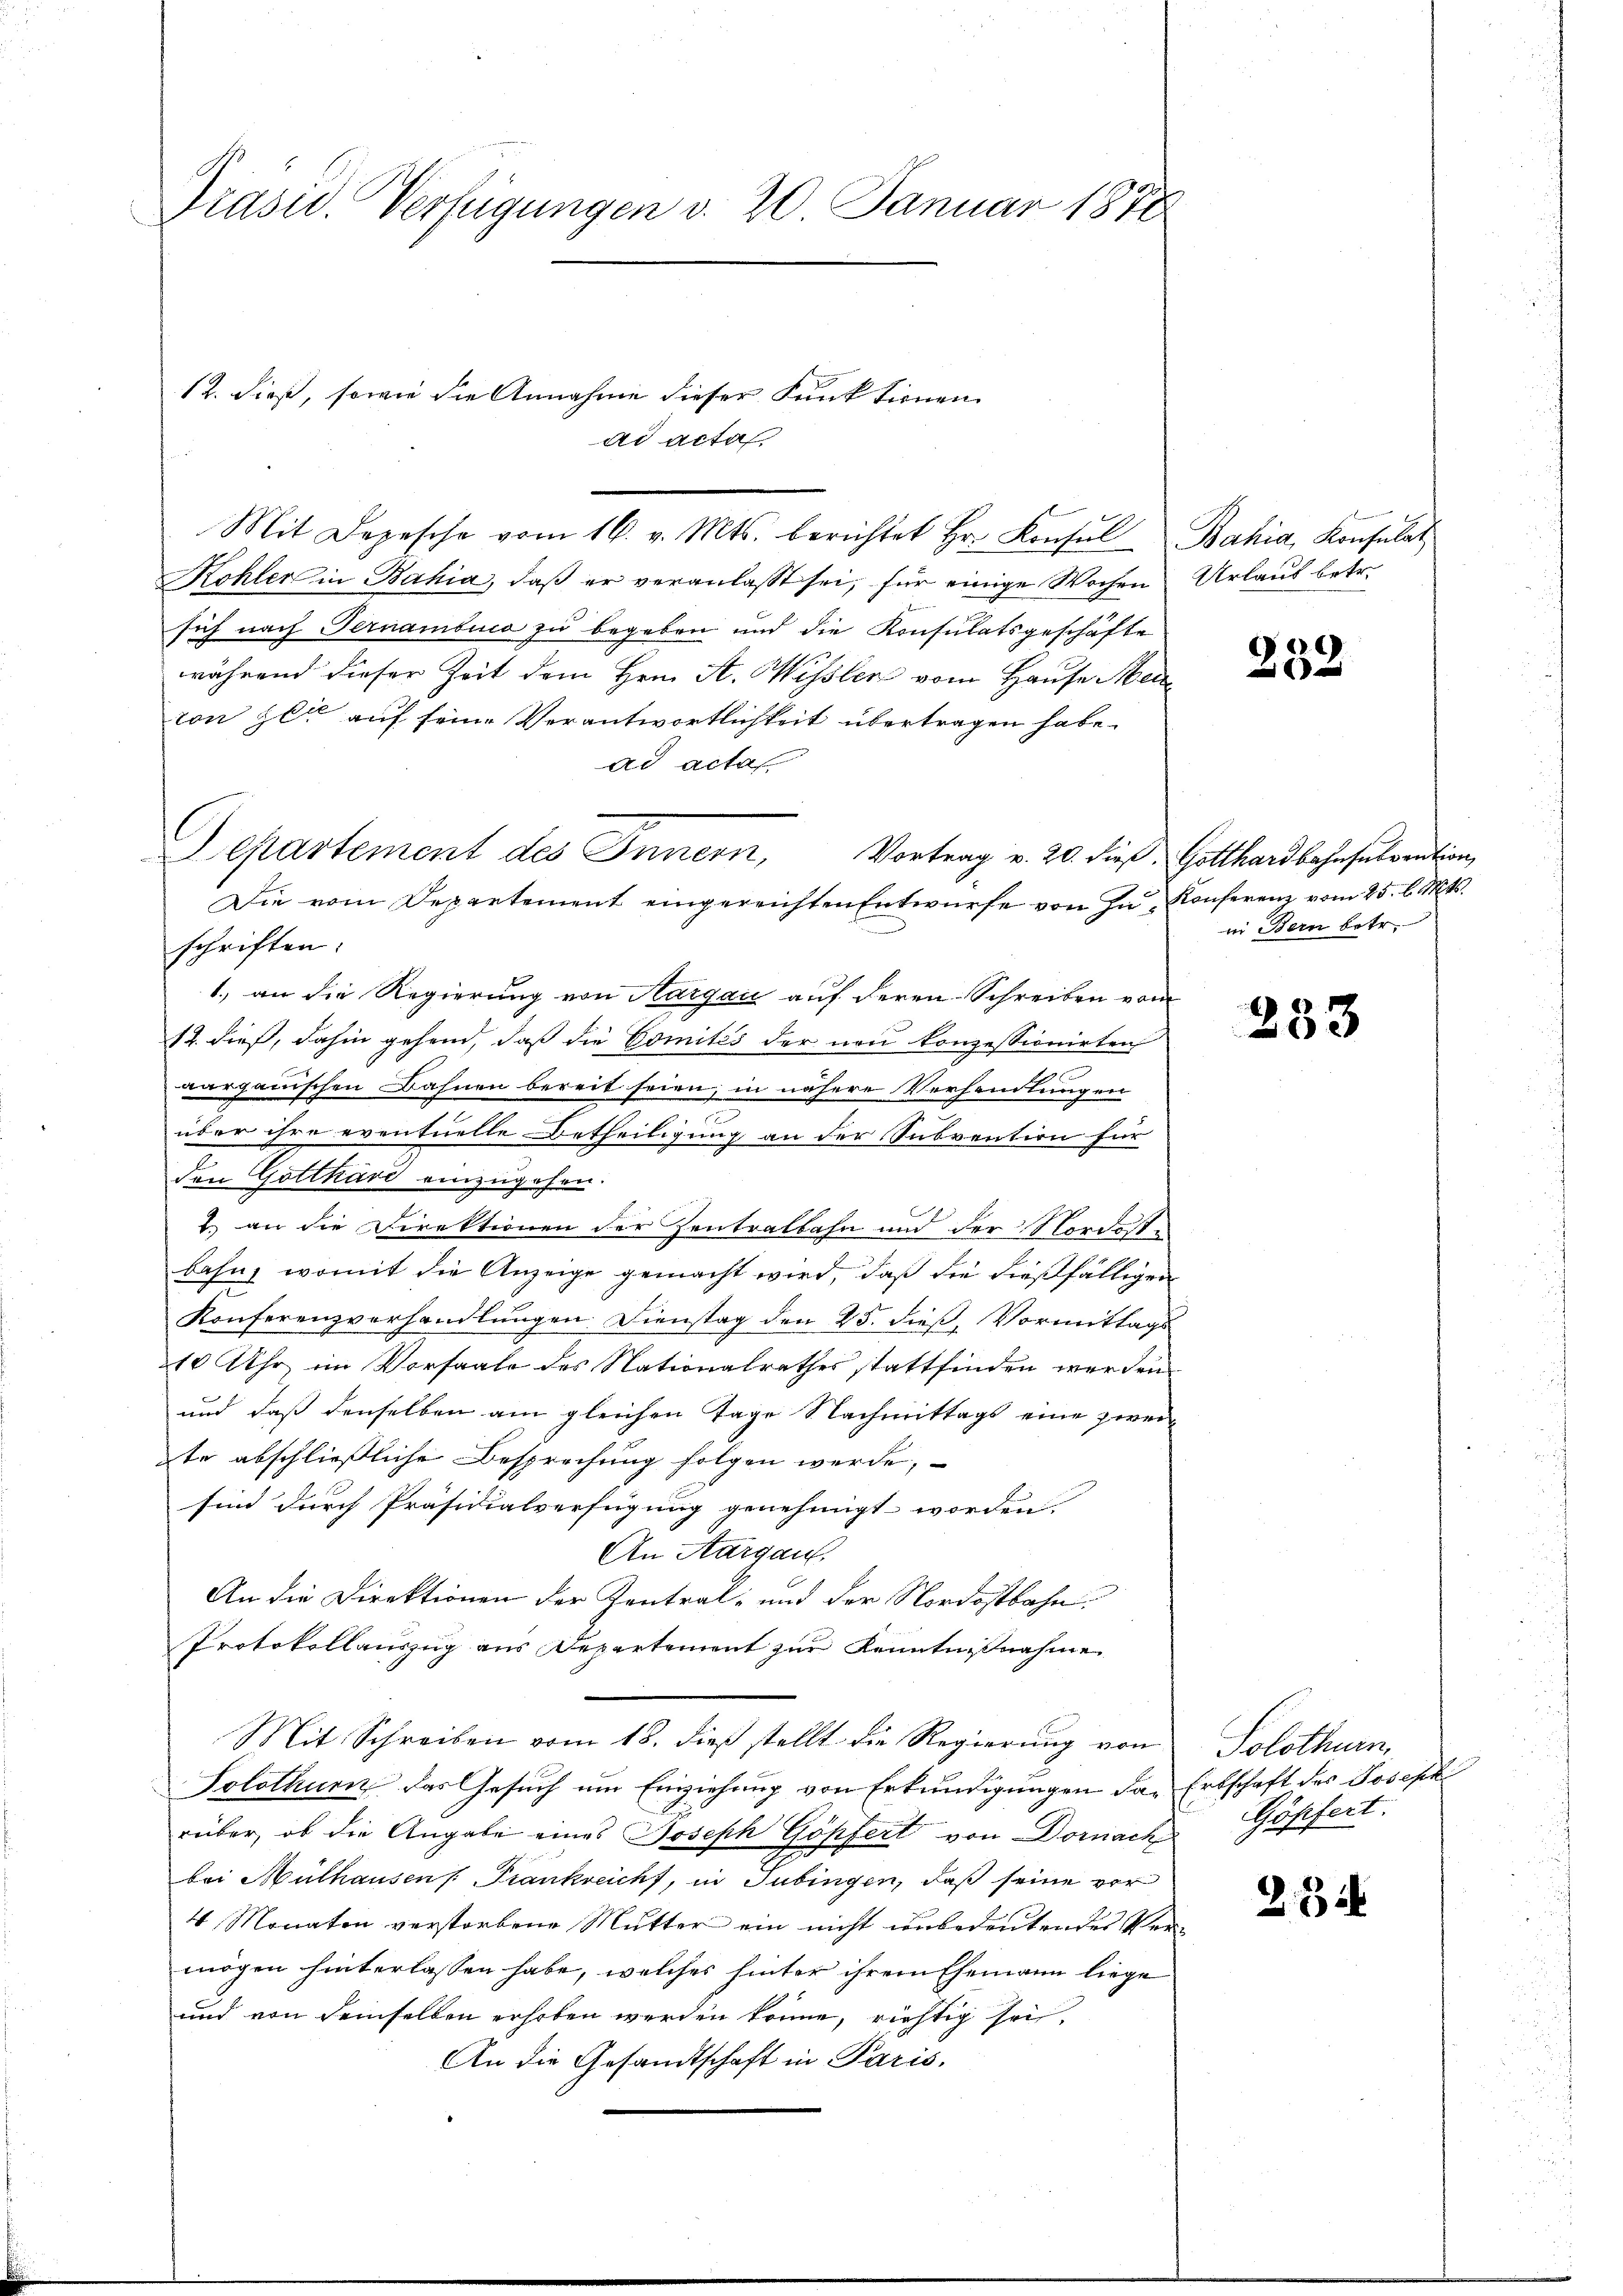
Präsid. Verfügungen d. 20. Januar 1878

Mit Depesche vom 16. v. Mts. berichtet Hr. Konsul Bahia, Konsulat
Kohler in Bahia, daß er veranlasst sei, für einige Wochen Urlaub betr.
sich nach Ternambica zu begeben und die Konsulatsgeschäfte
während dieser Zeit dem Hrn. A. Missler vom Hause Mei
ton zur auf seine Verantwortlichkeit übertragen habe.
ad acta
Die vom Departement eingereichten Entwurfe von zu Konferenz vom 25. l. Mts.
schriften:
1.) an die Regierung von Aargau auf deren Schreiben vom
12. dieß, dahin gehend, daß die Comités der neu konzessionirten
a
aarganischen Bahnen bereit seien, in nähere Verhandlungen
über ihre eventuelle Betheiligung an der Subvention für
den Gotthari einzugehen.
1.) an die Direktionen der Zentralbahn und der Nordeste
Bahnz, womit die Anzeige gemacht wird, daß die dießfälligen
Konferenzverhandlungen. Dienstag den 25. dieß, Vormittags
210 Uhr im Vorsaale des Nationalrathes stattfinden werden.
und daß denselben am gleichen Tage Nachmittags eine zweite abschließliche Besprechung folgen werde,
sind durch Präsidialverfügung genehmigt worden.
An Aargau,
An die Direktionen der Zentral- und der Nordostbahn.
Protokollauszug aus Departement zur Kenntnißnahme
Mit Schreiben vom 18. dieß stellt die Regierung von
Solothurn das Gesuch um Einziehung von Erkundigungen das Erbschaft des Joseph
rüber, ob die Angabe eines Joseph Göpfert von Dornach Göpfert.
bei Mülhausen /: Frankreicht, in Tübingen, daß seine vor
4 Monaten verstorbene Mutter ein nicht unbedeutendes Vermögen hinterlassen habe, welches hinter ihrem Ehemann liege
und von demselben erhoben werden könne, richtig sei,
An die Gesandtschaft in Paris,

12. dieß, sowie die Annahme dieser Funktionen
ad acta

l
Departement des Innern,

282

Vortrag v. 20. die, Gotthardbahnsubvention,
in Bern betr.

233

Solothurn,

28